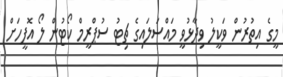
މީގެ އިތުރުން ވަކީލު ވިދާޅުވީ މައްސަލައިގެ ޗިޓު ސުޕްރީމް ކޯޓުން ލޯ އޮފީހަށް